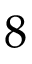
8